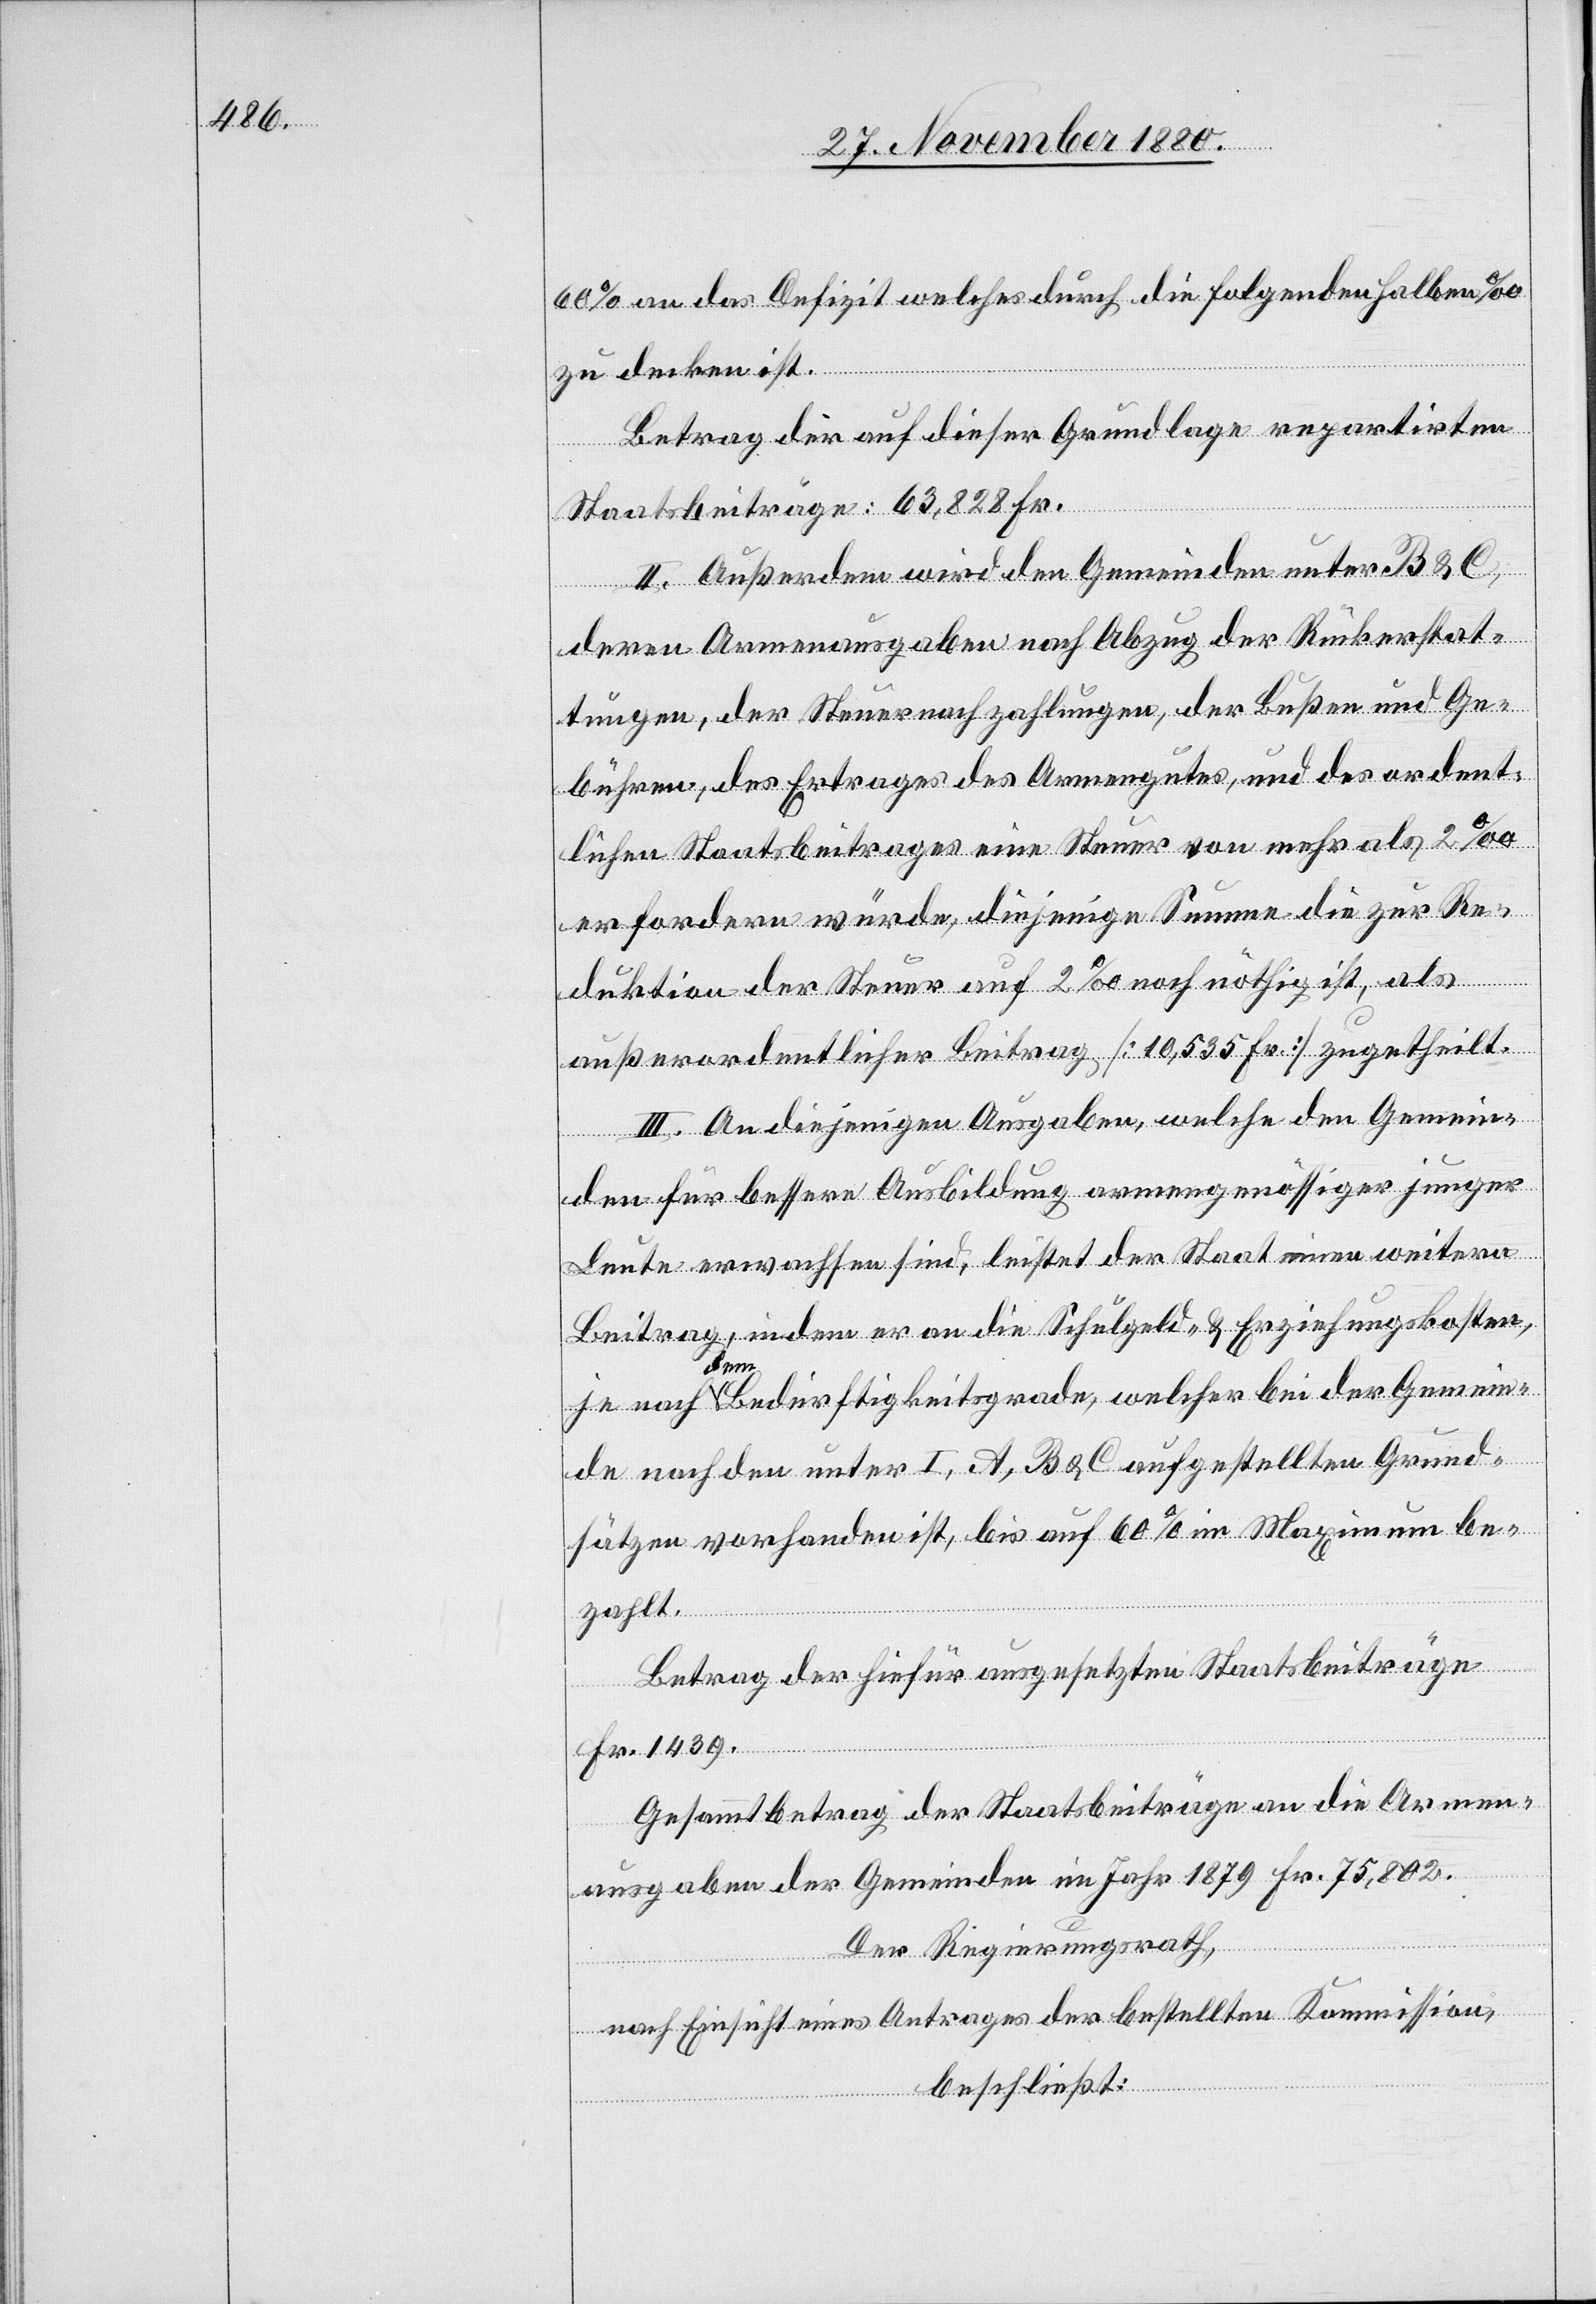
60% an das Defizit welches durch die folgenden halben ‰
zu decken ist.
Betrag der auf dieser Grundlage repartirten
Staatsbeiträge: 63,828 Fr.
II. Außerdem wird den Gemeinden unter B & C,
deren Armenausgaben nach Abzug der Rückerstat¬
tungen, der Steuernachzahlungen, der Bußen und Ge¬
bühren, des Ertrages des Armengutes, und des ordent¬
lichen Staatsbeitrages eine Steuer von mehr als 2‰
erfordern würde, diejenige Summe die zur Re¬
duktion der Steuer auf 2‰ noch nöthig ist, als
außerordentlicher Beitrag [10,535 Fr.] zugetheilt.
III. An diejenigen Ausgaben, welche den Gemein¬
den für bessere Ausbildung armengenössiger junger
Leute erwachsen sind, leistet der Staat einen weitern
Beitrag, indem er an die Schulgeld- & Erziehungskosten
je nach dem Bedürftigkeitsgrade, welcher bei der Gemein¬
de nach den unter I. A, B & C aufgestellten Grund¬
sätzen vorhanden ist, bis auf 60% im Maximum be¬
zahlt.
Betrag der hiefür ausgesetzten Staatsbeiträge
Fr. 1439.
Gesammtbetrag der Staatsbeiträge an die Armen¬
ausgaben der Gemeinde im Jahr 1879 Fr. 75,802.
Der Regierungsrath,
nach Einsicht eines Antrages der bestellten Kommission,
beschließt: